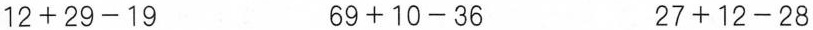
$$12+29-19$$ $$69+10-36$$ $$27+12-28$$